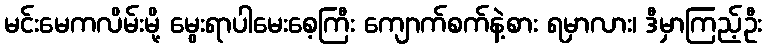
မင်းမေကလိမ်းမို့ မွေးရာပါမေးစေ့ကြီး ကျောက်စက်နဲ့စား ရမှာလား၊ ဒီမှာကြည့်ဦး